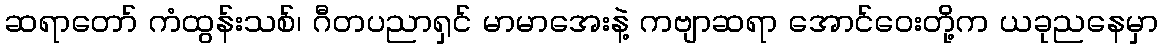
ဆရာတော် ကံထွန်းသစ်၊ ဂီတပညာရှင် မာမာအေးနဲ့ ကဗျာဆရာ အောင်ဝေးတို့က ယခုညနေမှာ